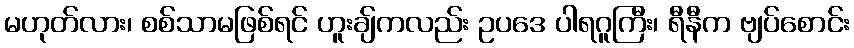
မဟုတ်လား၊ စစ်သာမဖြစ်ရင် ဟူးချ်ကလည်း ဥပဒေ ပါရဂူကြီး၊ ရီနီက ဗျပ်စောင်း